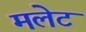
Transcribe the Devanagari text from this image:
मलेट